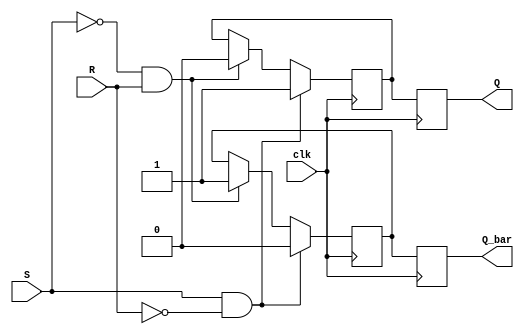
module sr_latch (
    input wire clk,
    input wire S,
    input wire R,
    output reg Q,
    output reg Q_bar
);
    
reg temp_Q;
reg temp_Q_bar;

always @(posedge clk) begin
    if(S && !R) begin
        temp_Q <= 1;
        temp_Q_bar <= 0;
    end else if(!S && R) begin
        temp_Q <= 0;
        temp_Q_bar <= 1;
    end else begin
        temp_Q <= temp_Q;
        temp_Q_bar <= temp_Q_bar;
    end
end

always @(posedge clk) begin
    Q <= temp_Q;
    Q_bar <= temp_Q_bar;
end

endmodule